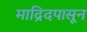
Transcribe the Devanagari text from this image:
माद्रिदपासून